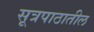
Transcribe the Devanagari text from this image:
सूत्रपाठातील